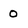
Character: 0